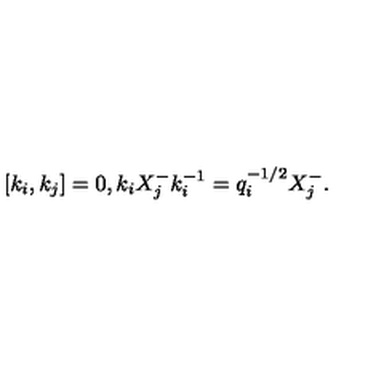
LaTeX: [ k _ { i } , k _ { j } ] = 0 , k _ { i } X _ { j } ^ { - } k _ { i } ^ { - 1 } = q _ { i } ^ { - 1 / 2 } X _ { j } ^ { - } .